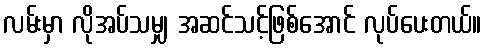
လမ်းမှာ လိုအပ်သမျှ အဆင်သင့်ဖြစ်အောင် လုပ်ပေးတယ်။